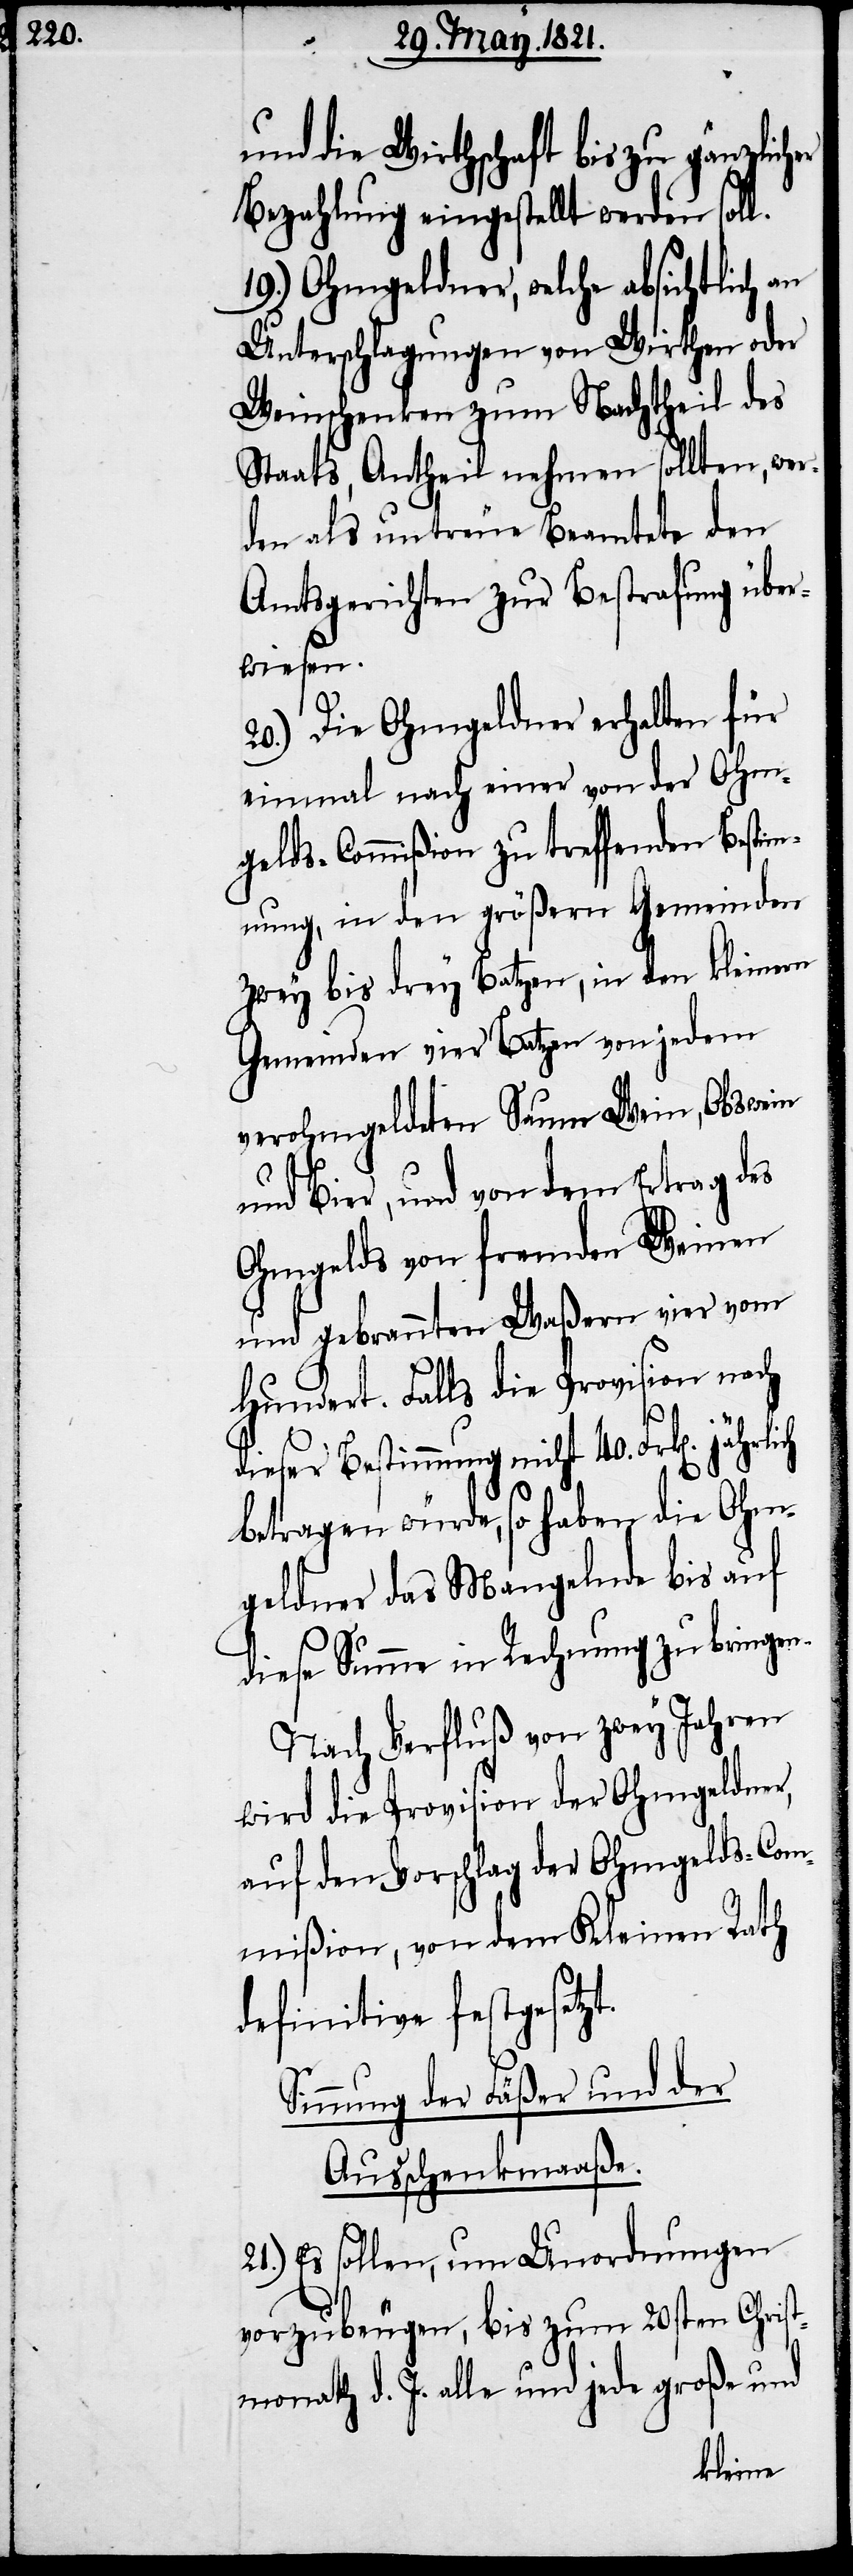
und die Wirthschaft bis zu gänzlicher
Bezahlung eingestellt werden soll.
19.) Ohmgeldner, welche absichtlich an
Unterschlagungen von Wirthen oder
Weinschenken zum Nachtheil des
Staats, Antheil nehmen sollten, wer¬
den als untreue Beamte den
Amtsgerichten zur Bestrafung über¬
wiesen.
20.) Die Ohmgeldner erhalten für
einmal nach einer von der Ohm¬
gelds-Commißion zu treffenden Bestim¬
mung, in den größern Gemeinden
zwey bis drey Batzen, in den kleinern
Gemeinden vier Batzen von jedem
verohmgeldeten Saum Wein, Obswein
und Bier, und von dem Ertrag des
Ohmgelds von fremden Weinen
und gebrannten Waßern vier von
Hundert. Falls die Provision nach
dieser Bestimmung nicht 40. Frk[en].
betragen würde, so haben die Ohm¬
geldner das Mangelnde bis auf
diese Summe in Rechnung zu bringen.
Nach Verfluß von zwey Jahren
wird die Provision der Ohmgeldner,
auf den Vorschlag der Ohmgelds-Com¬
mißion, von dem Kleinen Rath
definitive festgesetzt.
Sinnung der Fäßer und der
Ausschenkmaaße.
21.) Es sollen, um Unordnungen
vorzubeugen, bis zum 20sten Christ¬
monath d. J. alle und jede große und